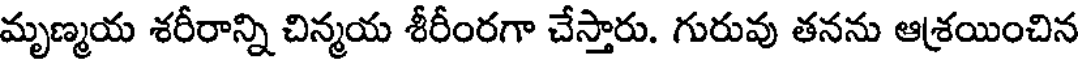
మృణ్మయ శరీరాన్ని చిన్మయ శీరీంరగా చేస్తారు. గురువు తనను ఆశ్రయించిన